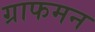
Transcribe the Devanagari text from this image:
ग्राफमन